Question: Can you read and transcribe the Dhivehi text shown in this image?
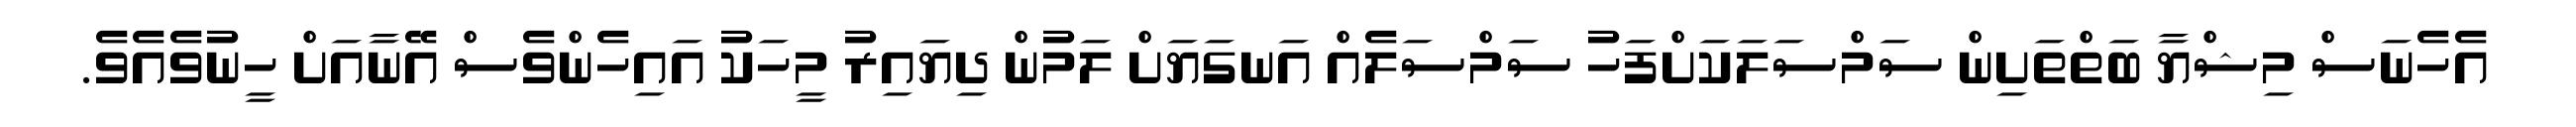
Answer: އެހެނަސް މިޝްޔާ ބަތްތަށިން ސަމްސަލަކަށްފަހު ސަމްސަލެއް އަނގަޔަށް ލަމުން ދިޔައިރު މީހަކު އައިހެންވެސް އޭނާއަށް ހީނުވެއެވެ.